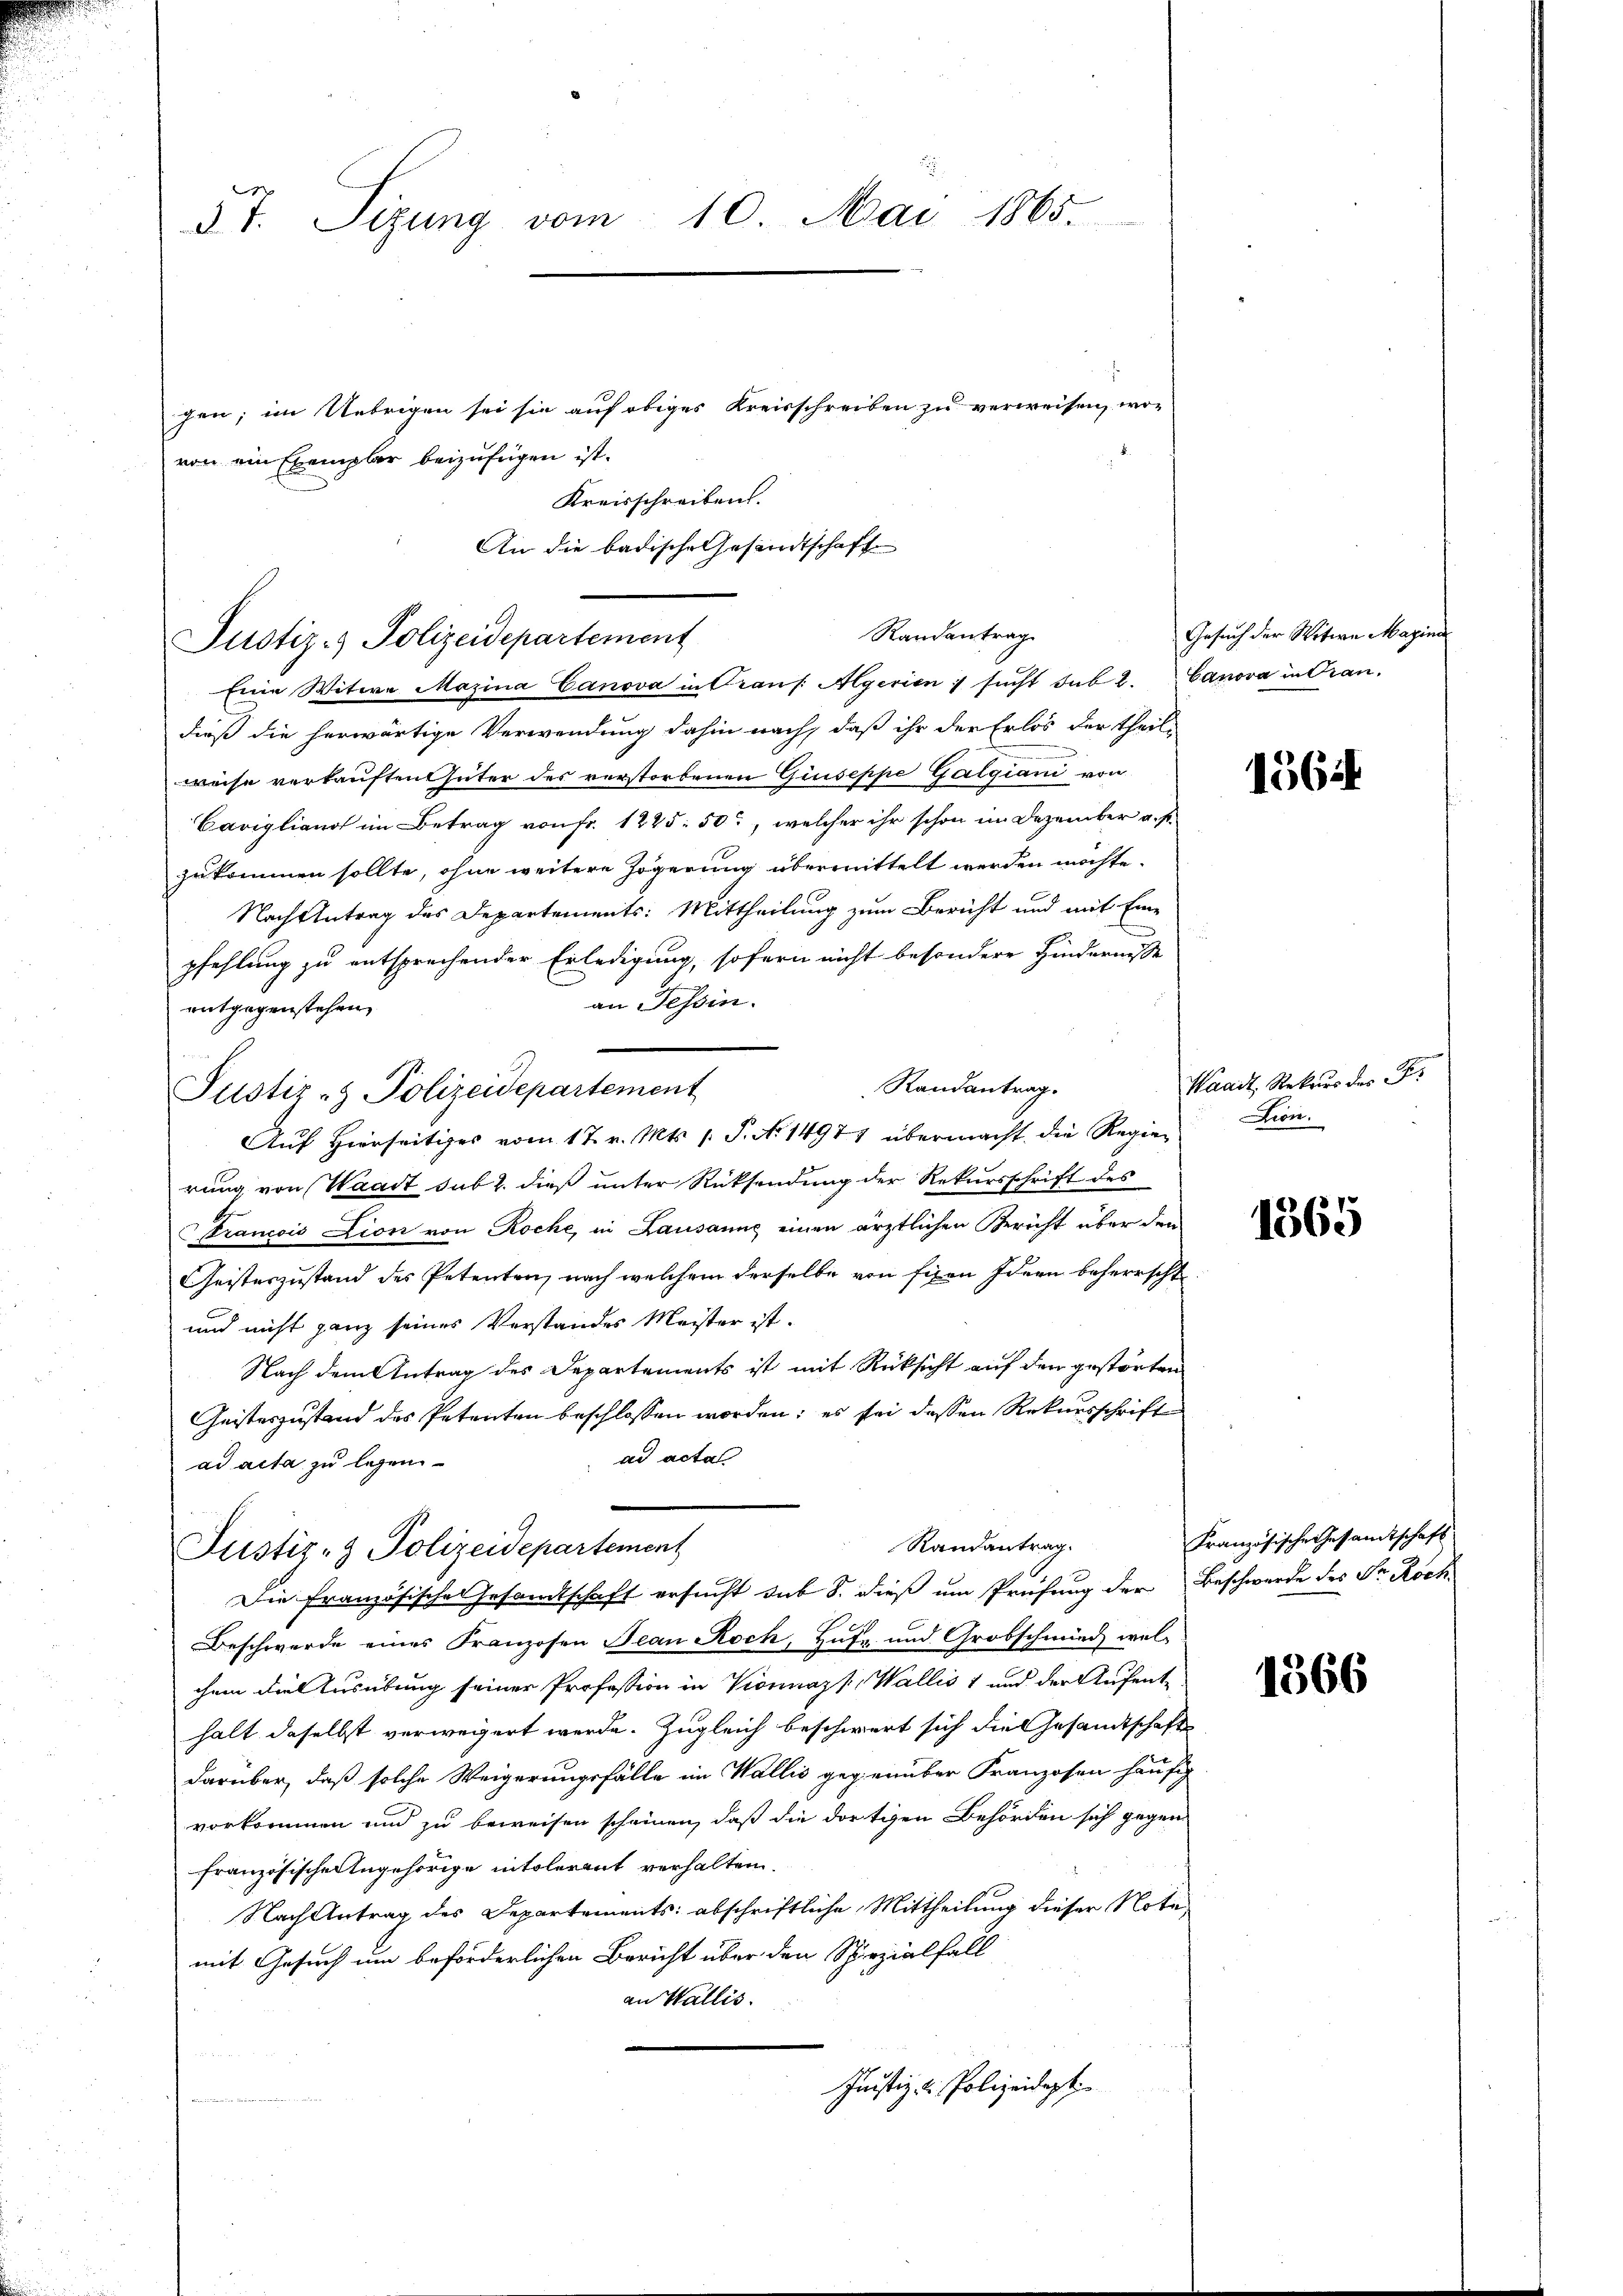
§ 7. Sizung vom 10. Mai 1865.

gen; im Uebrigen sei sie auf obiges Kreisschreiben zu verweisen, wor
von ein Exemplar beizufügen ist.
Kreisschreiben.
An die badische Gesandtschaft

Randantrag
Justiz- & Polizeidepartement

Eine Witwe Majina Canova in Trans. Algerien ; sŭcht sub 2. Canova in Grau-
dieß die herwärtige Verwendung dahin nach, daß ihr der Erlös der theil-
weise verkauften Güter des verstorbenen Giuseppe Galgiani von
Carigliano im Betrag von fr. 1245. 50, welcher ihr schon in Dezember a. f.
zukommen sollte, ohne weitere Zögerung übermittelt werden möchte.
Nach Antrag des Departements: Mittheilung zum Bericht und mit Eine
pfehlung zu entsprechender Erledigung, sofern nicht besondere Hindernisse
an Tessin.
entgegenstehen,
Randantrag.
rung von Waadt, sub 2. dieß unter Rücksendung der Rekursschrift des
Francois Lion von Roche, in Lausanne einen ärztlichen Bericht über den
Geisteszustand des Petenten, nach welchem derselbe von fern Ideen beherrscht
und nicht ganz seines Verstandes Meister ist.
Nach dem Antrag des Departements ist mit Rücksicht auf den gestörten
Geisteszustand des Petenten beschlossen worden; es sei dessen Rekursschrift
ad acta
ad acta zu legen
Randantrag.
Justiz- & Polizeidepartement
Die französische Gesandtschaft ersucht sub S. dieß um Prüfung der Beschwerde des Sr. Roch
Beschwerde eines Franzosen Jean Roch, Hufe und Grobschmid wel-
chnen die Ausübung seiner Profession in Vionnazk, Wallis 1 und der Aufenthält daselbst verweigert werde. Zugleich beschwert sich die Gesandtschaft
darüber, daß solche Weigerungsfälle im Wallis gegenüber Franzosen häufig
vorkommen und zu beweisen scheinen, daß die dortigen Behörden sich gegen
französische Angehörige intolerant verhalten.
Nach Antrag des Departements abschriftliche Mittheilung dieser Notamit Gesuch um beförderlichen Bericht über den Spezialfall
an Wallis.
Justiz- & Polizeidigt.

Justiz- & Polizeidepartement
Aŭf Hierseitiges vom 17. v. Mts. 1. P. No 14971 übermacht die Regier

Gesuch der Witwe Magina

1564

Waadt, Rekurs der F.
Zion.

1365

Französische Gesandtschaft

1366